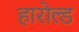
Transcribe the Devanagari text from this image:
हारोल्ड